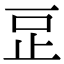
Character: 𣥔